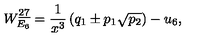
W _ { E _ { 6 } } ^ { \underline { { 2 7 } } } = { \frac { 1 } { x ^ { 3 } } } \left( q _ { 1 } \pm p _ { 1 } \sqrt { p _ { 2 } } \right) - u _ { 6 } ,